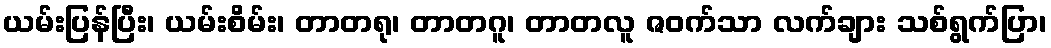
ယမ်းပြန်ပြီး၊ ယမ်းစိမ်း၊ တာတရု၊ တာတဂူ၊ တာတလူ ဇဝက်သာ လက်ချား သစ်ရွက်ပြာ၊